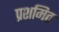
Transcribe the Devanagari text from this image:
प्रशमित